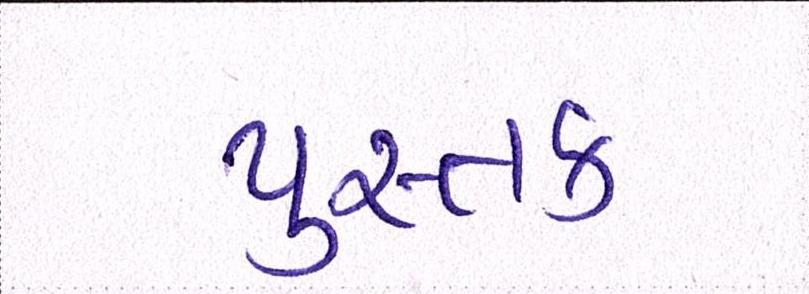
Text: પુસ્તક